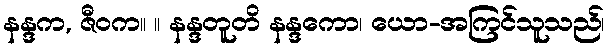
နန္ဒက, ဇီဝက။ ။ နန္ဒတူတိ နန္ဒကော၊ ယော-အကြင်သူသည်၊